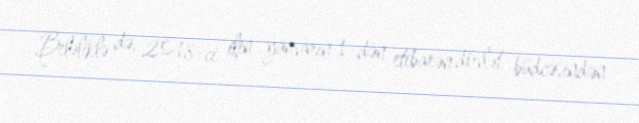
Beləliklə də, 2018-ci ilin yanvarın 1-dən etibarən dövlət büdcəsindən